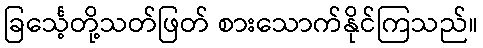
ခြင်္သေ့တို့သတ်ဖြတ် စားသောက်နိုင်ကြသည်။